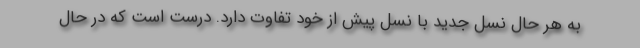
به هر حال نسل جدید با نسل پیش از خود تفاوت دارد. درست است که در حال